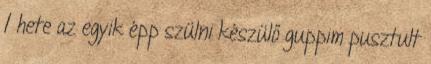
1 hete az egyik épp szülni készülő guppim pusztult